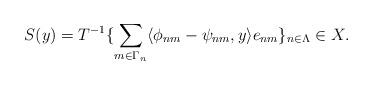
LaTeX: \begin{align*}S(y)= T^{-1}\{\sum_{m\in\Gamma_n}\langle \phi_{nm}-\psi_{nm},y\rangle e_{nm}\}_{n\in\Lambda}\in X.\end{align*}